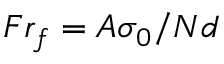
F r _ { f } = A \sigma _ { 0 } / N d